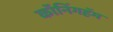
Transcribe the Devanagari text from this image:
कॉनिंगहॅम